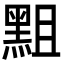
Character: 𪐵